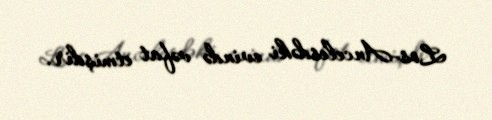
Los-Ancelesdəki evində vəfat etmişdir.